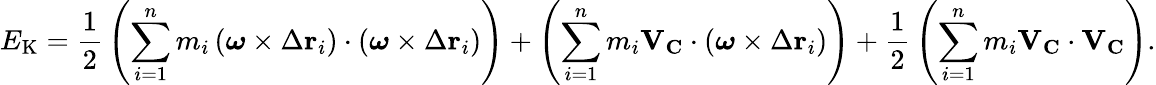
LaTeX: E_{\mathrm{K}}={\frac{1}{2}}\left(\sum_{i=1}^{n}m_{i}\left({\boldsymbol{\omega}}\times\Delta\mathbf{r}_{i}\right)\cdot\left({\boldsymbol{\omega}}\times\Delta\mathbf{r}_{i}\right)\right)+\left(\sum_{i=1}^{n}m_{i}\mathbf{V}_{\mathbf{C}}\cdot\left({\boldsymbol{\omega}}\times\Delta\mathbf{r}_{i}\right)\right)+{\frac{1}{2}}\left(\sum_{i=1}^{n}m_{i}\mathbf{V}_{\mathbf{C}}\cdot\mathbf{V}_{\mathbf{C}}\right).